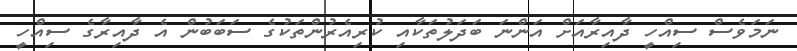
ނަމަވެސް ސިއްހީ ދާއިރާއަށް އަންނަ ބަދަލުތަކާއި ކުރިއެރުންތަކުގެ ސަބަބުން އެ ދާއިރާގެ ސިއްހީ